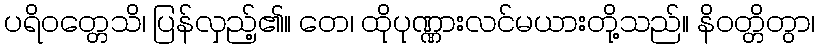
ပရိဝတ္တေသိ၊ ပြန်လှည့်၏။ တေ၊ ထိုပုဏ္ဏားလင်မယားတို့သည်။ နိဝတ္တိတွာ၊